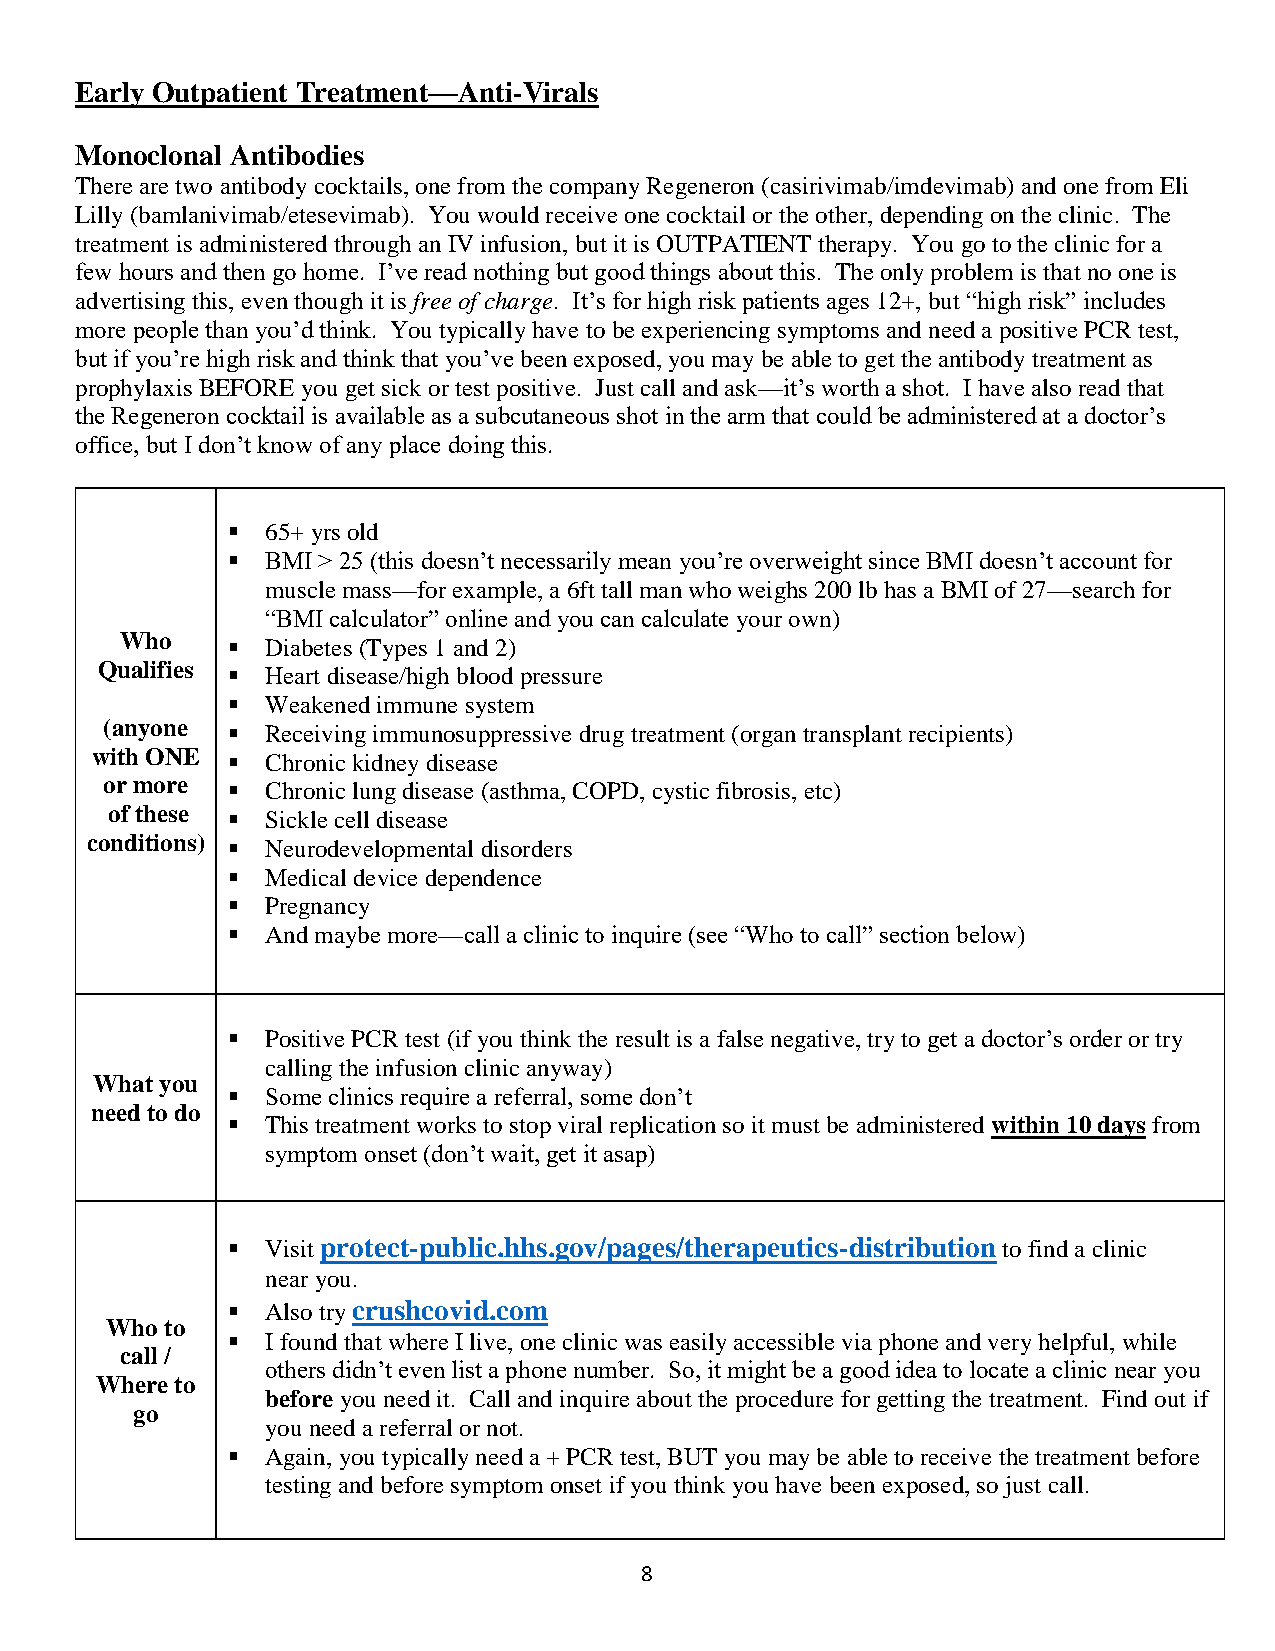
Early Outpatient Treatment—Anti-Virals
 Monoclonal Antibodies
 There are two antibody cocktails, one from the company Regeneron (casirivimab/imdevimab) and one from Eli
 Lilly (bamlanivimab/etesevimab). You would receive one cocktail or the other, depending on the clinic. The
 treatment is administered through an IV infusion, but it is OUTPATIENT therapy. You go to the clinic for a
 few hours and then go home. I’ve read nothing but good things about this. The only problem is that no one is
 advertising this, even though it is free of charge. It’s for high risk patients ages 12+, but “high risk” includes
 more people than you’d think. You typically have to be experiencing symptoms and need a positive PCR test,
 but if you’re high risk and think that you’ve been exposed, you may be able to get the antibody treatment as
 prophylaxis BEFORE you get sick or test positive. Just call and ask—it’s worth a shot. I have also read that
 the Regeneron cocktail is available as a subcutaneous shot in the arm that could be administered at a doctor’s
 office, but I don’t know of any place doing this.
 ▪  65+ yrs old
 ▪  BMI > 25 (this doesn’t necessarily mean you’re overweight since BMI doesn’t account for
 muscle mass—for example, a 6ft tall man who weighs 200 lb has a BMI of 27—search for
 “BMI calculator” online and you can calculate your own)
 Who    ▪  Diabetes (Types 1 and 2)
 Qualifies ▪ Heart disease/high blood pressure
 ▪  Weakened immune system
 (anyone ▪  Receiving immunosuppressive drug treatment (organ transplant recipients)
 with ONE ▪  Chronic kidney disease
 or more ▪  Chronic lung disease (asthma, COPD, cystic fibrosis, etc)
 of these ▪ Sickle cell disease
 conditions) ▪ Neurodevelopmental disorders
 ▪  Medical device dependence
 ▪  Pregnancy
 ▪  And maybe more—call a clinic to inquire (see “Who to call” section below)
 ▪  Positive PCR test (if you think the result is a false negative, try to get a doctor’s order or try
 calling the infusion clinic anyway)
 What you
 ▪  Some clinics require a referral, some don’t
 need to do
 ▪  This treatment works to stop viral replication so it must be administered within 10 days from
 symptom onset (don’t wait, get it asap)
 ▪  Visit protect-public.hhs.gov/pages/therapeutics-distribution to find a clinic
 near you.
 ▪  Also try crushcovid.com
 Who to
 ▪  I found that where I live, one clinic was easily accessible via phone and very helpful, while
 call /
 others didn’t even list a phone number. So, it might be a good idea to locate a clinic near you
 Where to
 before you need it. Call and inquire about the procedure for getting the treatment. Find out if
 go
 you need a referral or not.
 ▪  Again, you typically need a + PCR test, BUT you may be able to receive the treatment before
 testing and before symptom onset if you think you have been exposed, so just call.
 8